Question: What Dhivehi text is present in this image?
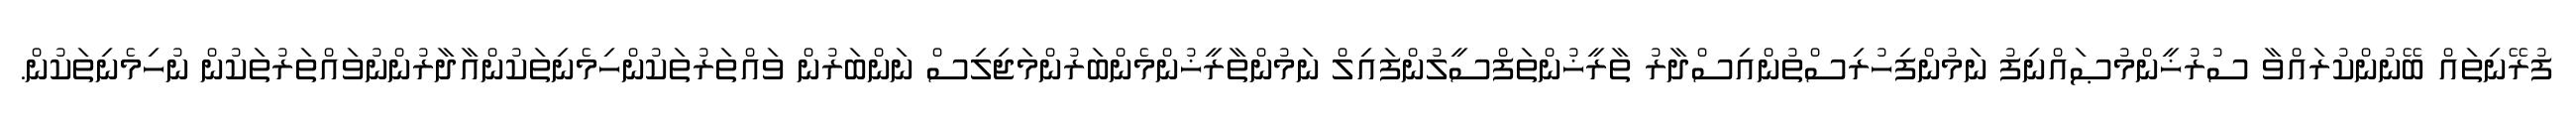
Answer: ފުރޭނިތައް ބޭނުންކުރައްވާ ސުރުޚީންމުޞައްނިފު ނަމުންފިހުރިސްތުންއިސްދާރު ތާރީޚުންތަފްސީލުންފައިލް ނަމުންތާރީޚުންމެންބަރުންމަޖިލިސް ނަންބަރުން ވައްތަރުތަކުންހިމެނިތަކުންއާދާރުންނުވައްތަރުތަކުން ނުހިމެނިތަކުން.